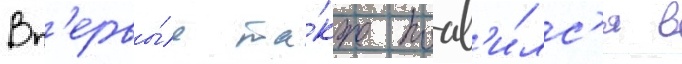
Вп'ервы́е та́кже поав'и́лс'я в